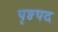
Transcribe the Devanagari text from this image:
पृष्ठपद